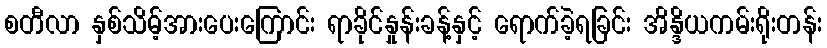
စတီလာ နှစ်သိမ့်အားပေးကြောင်း ရာခိုင်နှုန်းခန့်နှင့် ရောက်ခဲ့ရခြင်း အိန္ဒိယကမ်းရိုးတန်း